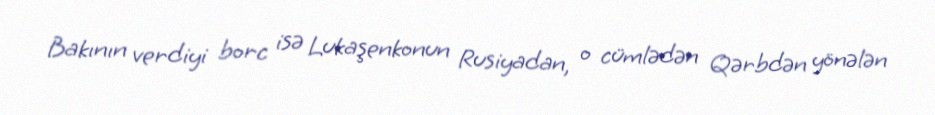
Bakının verdiyi borc isə Lukaşenkonun Rusiyadan, o cümlədən Qərbdən yönələn